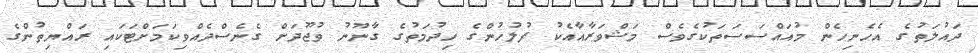
ދައުލަތުގެ އެހެނިހެން މުއައްސަސަތަކުގެވެސް މަޝްވަރާއާއެކު ފުލުހުންގެ ހިދުމަތުގެ ގާނޫނު ވުޖޫދަށް ގެނެސްދެއްވިކަމަށްޓަކައި ރައްޔިތުުންގެ